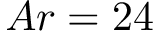
A r = 2 4